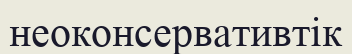
неоконсервативтік